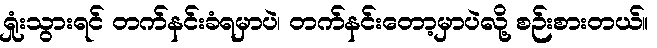
ရှုံးသွားရင် တက်နင်းခံရမှာပဲ၊ တက်နင်းတော့မှာပဲလို့ စဉ်းစားတယ်။